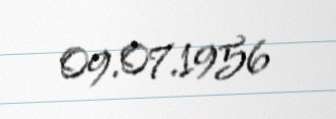
09.07.1956